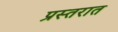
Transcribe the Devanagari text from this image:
प्रस्तरात